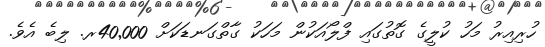
ހުރިއިރު މަހު ކުލީގެ ގޮތުގައި ފްލޯއަކުން މަހަކު ގާތްގަނޑަކަށް 40